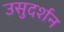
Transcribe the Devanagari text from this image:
उसुदर्शन